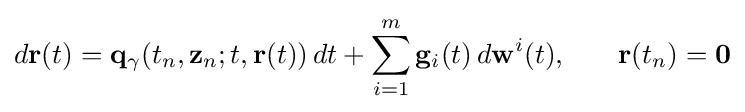
d\mathbf {r} (t)=\mathbf {q} _{\gamma }(t_{n},\mathbf {z} _{n};t\mathbf {,\mathbf {r} } (t))\,dt+\sum \limits _{i=1}^{m}\mathbf {g} _{i}(t)\,d\mathbf {w} ^{i}(t)\mathbf {,} \qquad \mathbf {r} (t_{n})=\mathbf {0}